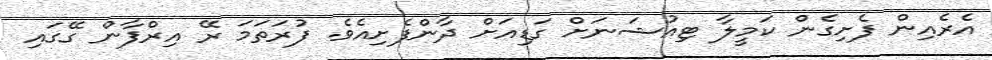
އެރެއިން ފެށިގެން ކަމީލާ ޓިއުޝަނަށް ގަޑިއަށް ދާންފެށިއެވެ. ފުރަތަމަ ރޭ އިރްފާން ގޭގައި